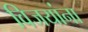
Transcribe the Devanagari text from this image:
विजयांना